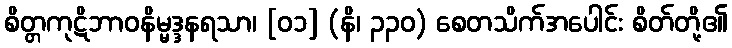
စိတ္တကုဋိဘာဝနိမ္မဒ္ဒနရသာ၊ [၀၁] (နိ၊ ၃၃၀) စေတသိက်အပေါင်း စိတ်တို့၏